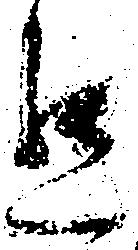
懇